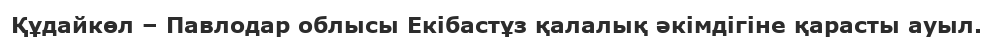
Құдайкөл – Павлодар облысы Екібастұз қалалық әкімдігіне қарасты ауыл.